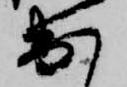
出